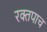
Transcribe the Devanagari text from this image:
रक्तपाच